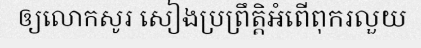
ឲ្យលោកសូរ សៀងប្រព្រឹត្តិអំពើពុករលួយ